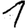
Digit: 1